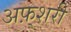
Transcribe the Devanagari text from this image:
अफ़्शरी